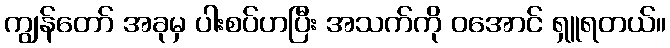
ကျွန်တော် အခုမှ ပါးစပ်ဟပြီး အသက်ကို ဝအောင် ရှူရတယ်။